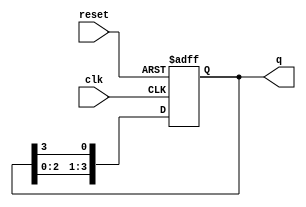
module ring_counter (
    input wire clk,           // Clock input
    input wire reset,         // Asynchronous reset
    output reg [3:0] q        // 4-bit output representing the state of the ring counter
);

// Initial state of the counter
initial begin
    q = 4'b0001; // Set the initial state to 0001
end

// Sequential logic for the ring counter
always @(posedge clk or posedge reset) begin
    if (reset) begin
        q <= 4'b0001; // Reset the counter to initial state
    end else begin
        // Shift the '1' to the next flip-flop in the ring
        q <= {q[2:0], q[3]}; // Shift left and wrap around
    end
end

endmodule